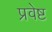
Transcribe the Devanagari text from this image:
प्रवेष्ट